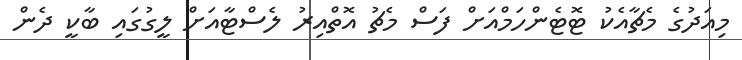
މިއަދުގެ މެޗާއެކު ޓޮޓެންހަމްއަށް ފަސް މެޗު އޮތްއިރު ލެސްޓާއަށް ލީގުގައި ބާކީ ދެން